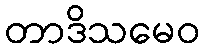
တာဒိသမေဝ